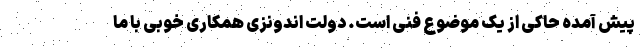
پیش آمده حاکی از یک موضوع فنی است. دولت اندونزی همکاری خوبی با ما